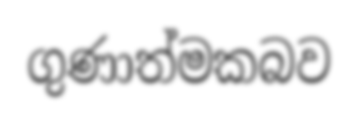
ගුණාත්මකබව